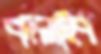
বদলাইব